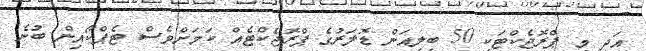
އަދި މި ޕްރޮޖެކްޓަކީ 50 ބިލިއަން ޑޮލަރުގެ ޕްރޮޖެކްޓެއް ކަމަށްވެސް ޓެޕްކޯއިން ބުނެ